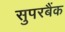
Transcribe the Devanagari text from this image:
सुपरबैंक